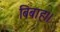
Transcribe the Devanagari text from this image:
बिबाह।।